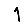
Digit: 1